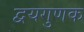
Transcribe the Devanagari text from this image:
द्वयगुणक